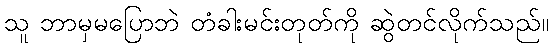
သူ ဘာမှမပြောဘဲ တံခါးမင်းတုတ်ကို ဆွဲတင်လိုက်သည်။